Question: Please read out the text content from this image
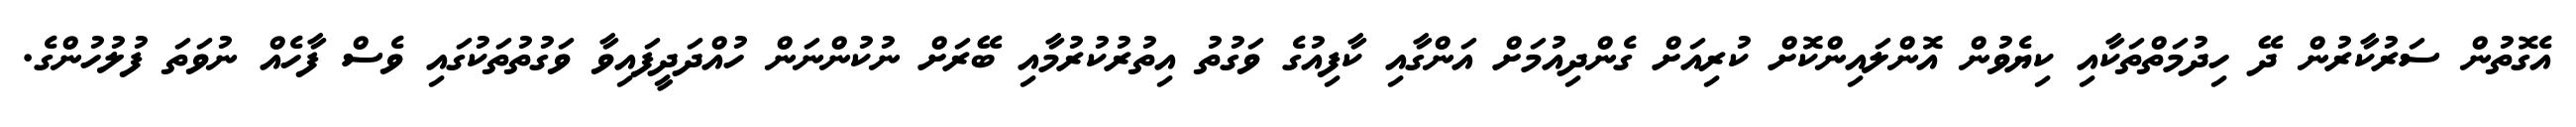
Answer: އެގޮތުން ސަރުކާރުން ދޭ ހިދުމަތްތަކާއި ކިޔެވުން އޮންލައިންކޮށް ކުރިއަށް ގެންދިއުމަށް އަންގާއި ކާފިއުގެ ވަގުތު އިތުރުކުރުމާއި ބޭރަށް ނުކުންނަން ހުއްދަދީފައިވާ ވަގުތުތަކުގައި ވެސް ފާހެއް ނުވަތަ ފުލުހުންގެ.